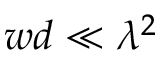
w d \ll \lambda ^ { 2 }